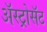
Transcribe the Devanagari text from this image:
अॅस्ट्रोसॅट